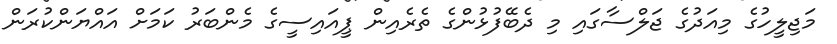
މަޖިލީހުގެ މިއަދުގެ ޖަލްސާގައި މި ދެބޭފުޅުންގެ ތެރެއިން ޕީއައިސީގެ މެންބަރު ކަމަށް އައްޔަންކުރަން